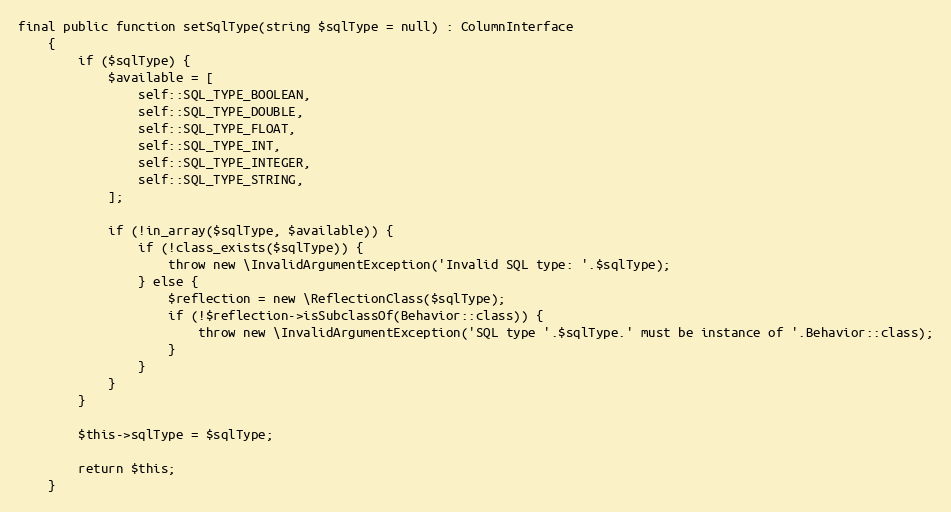
Language: PHP
final public function setSqlType(string $sqlType = null) : ColumnInterface
    {
        if ($sqlType) {
            $available = [
                self::SQL_TYPE_BOOLEAN,
                self::SQL_TYPE_DOUBLE,
                self::SQL_TYPE_FLOAT,
                self::SQL_TYPE_INT,
                self::SQL_TYPE_INTEGER,
                self::SQL_TYPE_STRING,
            ];

            if (!in_array($sqlType, $available)) {
                if (!class_exists($sqlType)) {
                    throw new \InvalidArgumentException('Invalid SQL type: '.$sqlType);
                } else {
                    $reflection = new \ReflectionClass($sqlType);
                    if (!$reflection->isSubclassOf(Behavior::class)) {
                        throw new \InvalidArgumentException('SQL type '.$sqlType.' must be instance of '.Behavior::class);
                    }
                }
            }
        }

        $this->sqlType = $sqlType;

        return $this;
    }